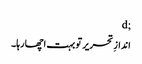
;d
اندازِ تحریر تو بہت اچھا رہا۔